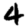
Digit: 4